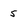
Character: 5